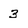
Character: 3